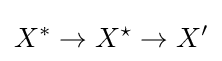
X^{*}\to X^{\star }\to X'